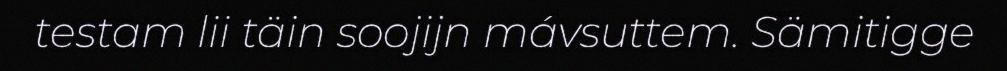
testam lii täin soojijn mávsuttem. Sämitigge